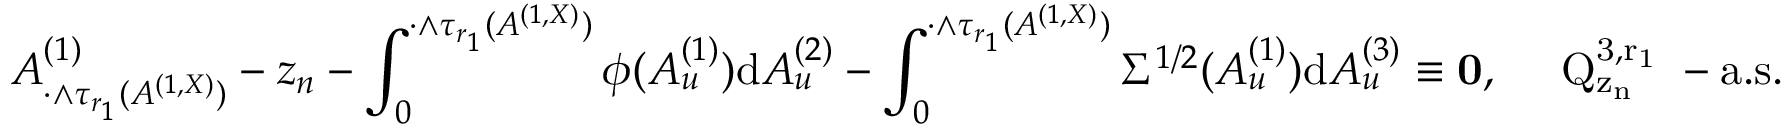
A _ { \cdot \wedge \tau _ { r _ { 1 } } ( A ^ { ( 1 , X ) } ) } ^ { ( 1 ) } - z _ { n } - \int _ { 0 } ^ { \cdot \wedge \tau _ { r _ { 1 } } ( A ^ { ( 1 , X ) } ) } \phi ( A _ { u } ^ { ( 1 ) } ) { \mathrm d } A _ { u } ^ { ( 2 ) } - \int _ { 0 } ^ { \cdot \wedge \tau _ { r _ { 1 } } ( A ^ { ( 1 , X ) } ) } \Sigma ^ { 1 / 2 } ( A _ { u } ^ { ( 1 ) } ) { \mathrm d } A _ { u } ^ { ( 3 ) } \equiv \mathbf { 0 } , \quad \mathrm { ~ Q _ { z _ n } ^ { 3 , r _ 1 } ~ - a . s . }